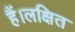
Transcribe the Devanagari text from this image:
हैं।लक्षित